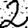
Digit: 2